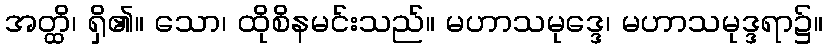
အတ္ထိ၊ ရှိ၏။ သော၊ ထိုစိနမင်းသည်။ မဟာသမုဒ္ဒေ၊ မဟာသမုဒ္ဒရာ၌။